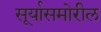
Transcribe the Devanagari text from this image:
सूर्यासमोरील